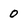
Character: 0